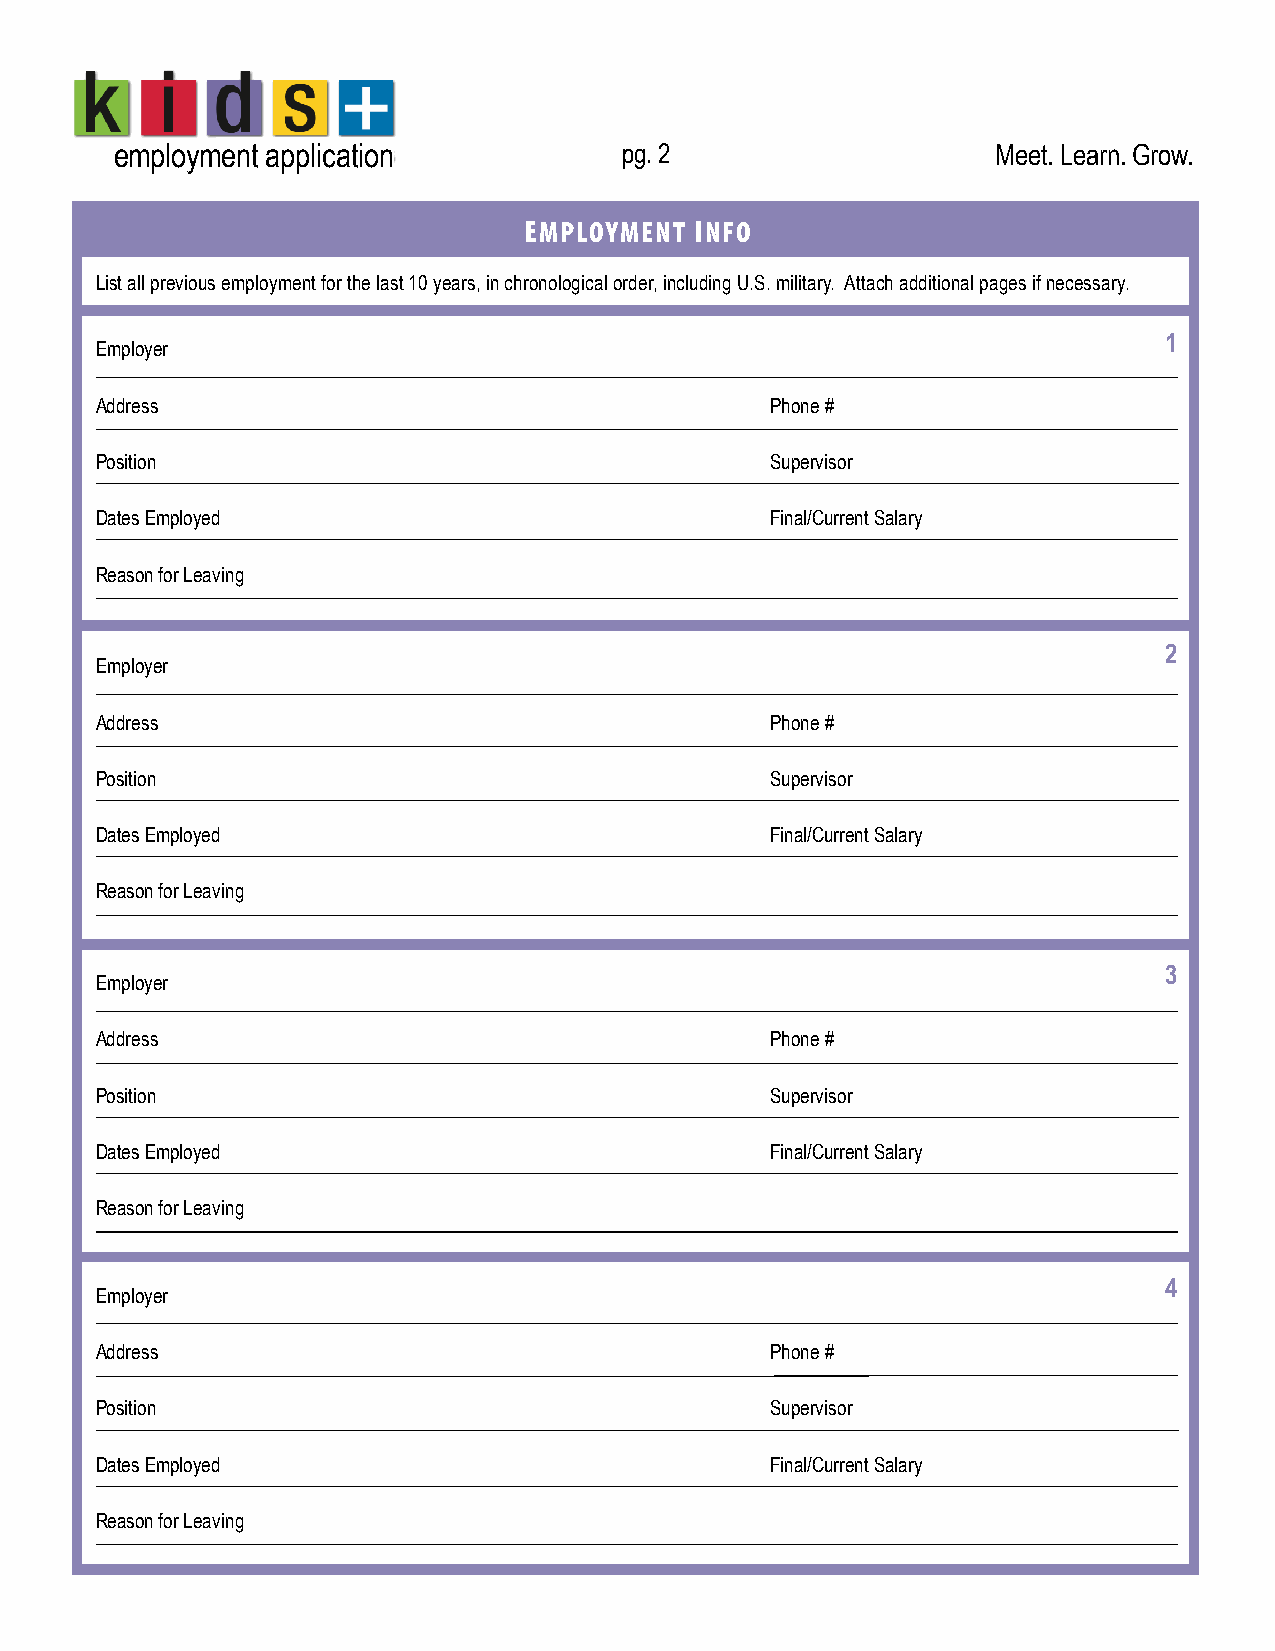
employment application           pg. 2                    Meet. Learn. Grow.
 EMPLOYMENT INFO
 List all previous employment for the last 10 years, in chronological order, including U.S. military. Attach additional pages if necessary.
 1
 Employer
 Address                                      Phone #
 Position                                     Supervisor
 Dates Employed                               Final/Current Salary
 Reason for Leaving
 2
 Employer
 Address                                      Phone #
 Position                                     Supervisor
 Dates Employed                               Final/Current Salary
 Reason for Leaving
 3
 Employer
 Address                                      Phone #
 Position                                     Supervisor
 Dates Employed                               Final/Current Salary
 Reason for Leaving
 4
 Employer
 Address                                      Phone #
 Position                                     Supervisor
 Dates Employed                               Final/Current Salary
 Reason for Leaving